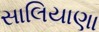
સાલિયાણા